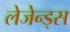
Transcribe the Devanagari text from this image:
लेजेन्ड्स